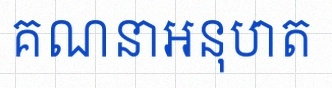
គណនាអនុបាត